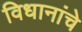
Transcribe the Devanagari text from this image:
विधानांचे